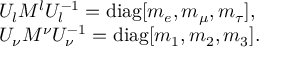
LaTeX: \begin{array} { l } { { U _ { l } M ^ { l } U _ { l } ^ { - 1 } = \mathrm { d i a g } [ m _ { e } , m _ { \mu } , m _ { \tau } ] , } } \\ { { U _ { \nu } M ^ { \nu } U _ { \nu } ^ { - 1 } = \mathrm { d i a g } [ m _ { 1 } , m _ { 2 } , m _ { 3 } ] . } } \end{array}